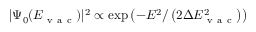
| \Psi _ { 0 } ( E _ { \mathrm { ~ v ~ a ~ c ~ } } ) | ^ { 2 } \propto \exp \left( - E ^ { 2 } / \left( 2 \Delta E _ { \mathrm { ~ v ~ a ~ c ~ } } ^ { 2 } \right) \right)